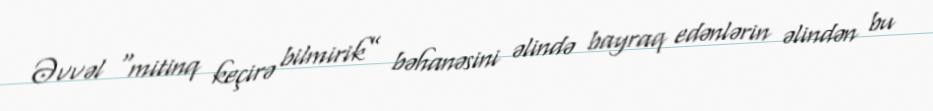
Əvvəl “mitinq keçirə bilmirik” bəhanəsini əlində bayraq edənlərin əlindən bu